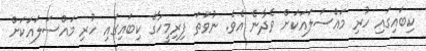
ކިބައިގައި ހުރި މައްސަލައަކަށް ވެދާނެ އެވެ. ނުވަތަ ފިރިމީހާގެ ކިބައިގައި ހުރި މައްސަލައަކަށް